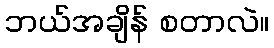
ဘယ်အချိန် စတာလဲ။